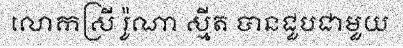
លោកស្រី រ៉ូណា ស្មីត បានជួបជាមួយ